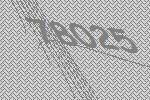
78025